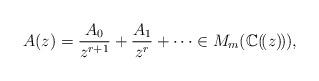
LaTeX: \begin{gather*}A(z)=\frac{A_0}{z^{r+1}}+\frac{A_1}{z^{r}}+\cdots \in M_m(\mathbb{C}(\!(z)\!)),\end{gather*}